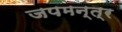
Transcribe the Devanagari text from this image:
जपमन्त्र